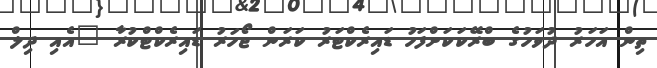
ތިން އަހަރު ދުވަހުގެ ބްރޭކަކަށްފަހު ޑައިރެކްޓަރު ކަރަން ޖޯހަރު ޑައިރެކްޓްކުރާ "އެއި ދިލް